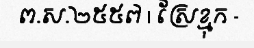
ព.ស.២៥៥៧ | ស្រែខ្មុក -